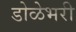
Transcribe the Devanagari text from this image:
डोळेभरी